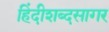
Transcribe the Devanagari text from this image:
हिंदीशब्दसागर